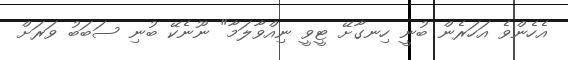
އެހެންވެ އަހަރެން ބުނީ ހިނގާށޭ ޓީވީ ނިއްވާލަމާ" ނޫނެކޭ ބުނި ސަބަބު ވަރަށް